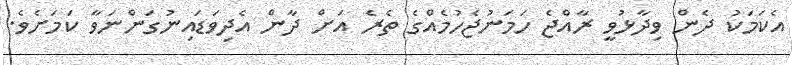
އެކަމަކު ދެން ވިދާޅުވީ ރާއްޖެ ހަމަނުޖެހުމެއްގެ ތެރެ އަށް ދާން އެދިވަޑައިނުގަންނަވާ ކަމަށެވެ.